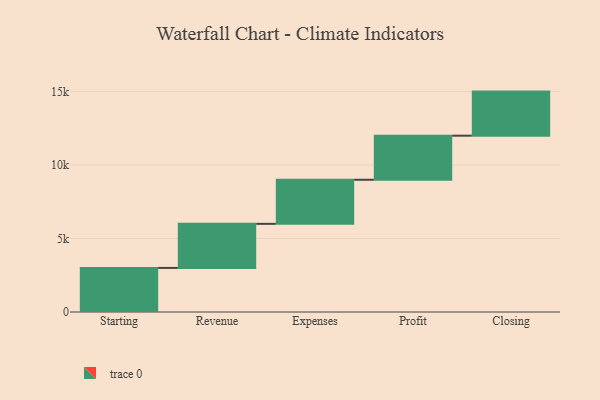
{"axis": {"x": "Step", "y": "Value"}, "legend": [""], "data": [{"x": "Starting", "y": 3000, "type": ""}, {"x": "Revenue", "y": 3000, "type": ""}, {"x": "Expenses", "y": 3000, "type": ""}, {"x": "Profit", "y": 3000, "type": ""}, {"x": "Closing", "y": 3000, "type": ""}]}